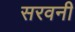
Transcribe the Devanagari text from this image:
सरवनी